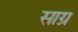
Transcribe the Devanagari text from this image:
साग्र